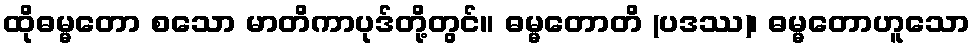
ထိုဓမ္မတော စသော မာတိကာပုဒ်တို့တွင်။ ဓမ္မတောတိ (ပဒဿ)၊ ဓမ္မတောဟူသော